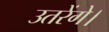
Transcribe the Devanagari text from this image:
उतरेंगे।